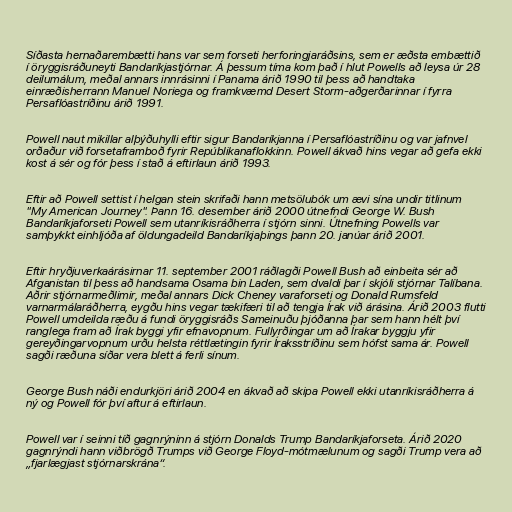
Síðasta hernaðarembætti hans var sem forseti herforingjaráðsins, sem er æðsta embættið
í öryggisráðuneyti Bandaríkjastjórnar. Á þessum tíma kom það í hlut Powells að leysa úr 28
deilumálum, meðal annars innrásinni í Panama árið 1990 til þess að handtaka
einræðisherrann Manuel Noriega og framkvæmd Desert Storm-aðgerðarinnar í fyrra
Persaflóastríðinu árið 1991.

Powell naut mikillar alþýðuhylli eftir sigur Bandaríkjanna í Persaflóastríðinu og var jafnvel
orðaður við forsetaframboð fyrir Repúblikanaflokkinn. Powell ákvað hins vegar að gefa ekki
kost á sér og fór þess í stað á eftirlaun árið 1993.

Eftir að Powell settist í helgan stein skrifaði hann metsölubók um ævi sína undir titlinum
"My American Journey". Þann 16. desember árið 2000 útnefndi George W. Bush
Bandaríkjaforseti Powell sem utanríkisráðherra í stjórn sinni. Útnefning Powells var
samþykkt einhljóða af öldungadeild Bandaríkjaþings þann 20. janúar árið 2001.

Eftir hryðjuverkaárásirnar 11. september 2001 ráðlagði Powell Bush að einbeita sér að
Afganistan til þess að handsama Osama bin Laden, sem dvaldi þar í skjóli stjórnar Talíbana.
Aðrir stjórnarmeðlimir, meðal annars Dick Cheney varaforseti og Donald Rumsfeld
varnarmálaráðherra, eygðu hins vegar tækifæri til að tengja Írak við árásina. Árið 2003 flutti
Powell umdeilda ræðu á fundi öryggisráðs Sameinuðu þjóðanna þar sem hann hélt því
ranglega fram að Írak byggi yfir efnavopnum. Fullyrðingar um að Írakar byggju yfir
gereyðingarvopnum urðu helsta réttlætingin fyrir Íraksstríðinu sem hófst sama ár. Powell
sagði ræðuna síðar vera blett á ferli sínum.

George Bush náði endurkjöri árið 2004 en ákvað að skipa Powell ekki utanríkisráðherra á
ný og Powell fór því aftur á eftirlaun.

Powell var í seinni tíð gagnrýninn á stjórn Donalds Trump Bandaríkjaforseta. Árið 2020
gagnrýndi hann viðbrögð Trumps við George Floyd-mótmælunum og sagði Trump vera að
„fjarlægjast stjórnarskrána“.